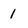
Character: 1